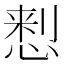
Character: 𢝗